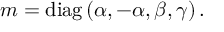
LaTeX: m = \mathrm { d i a g } \left( \alpha , - \alpha , \beta , \gamma \right) .